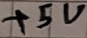
Text: +5V